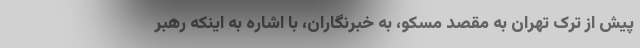
پیش از ترک تهران به مقصد مسکو، به خبرنگاران، با اشاره به اینکه رهبر